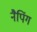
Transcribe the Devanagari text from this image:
नैपिंग